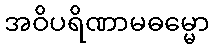
အဝိပရိဏာမဓမ္မော